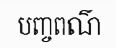
បញ្ចពណ៌